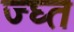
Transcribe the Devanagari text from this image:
ज्घ्त